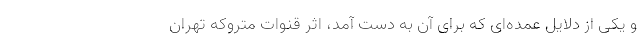
و یکی از دلایل عمده‌ای که برای آن به دست آمد، اثر قنوات متروکه تهران